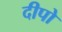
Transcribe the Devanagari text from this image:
दीपो